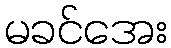
မခင်အေး